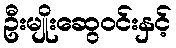
ဦးမျိုးဆွေဝင်းနှင့်